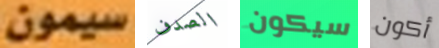
سيمون الصدف سيكون أكون